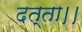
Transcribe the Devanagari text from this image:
दत्ता।।